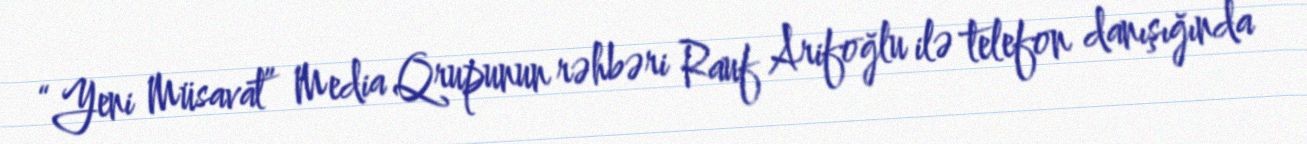
“Yeni Müsavat” Media Qrupunun rəhbəri Rauf Arifoğlu ilə telefon danışığında